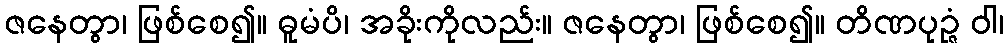
ဇနေတွာ၊ ဖြစ်စေ၍။ ဓူမံပိ၊ အခိုးကိုလည်း။ ဇနေတွာ၊ ဖြစ်စေ၍။ တိဏပုဉ္ဇံ ဝါ၊